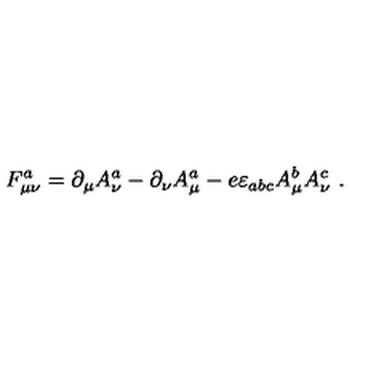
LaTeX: F _ { \mu \nu } ^ { a } = \partial _ { \mu } A _ { \nu } ^ { a } - \partial _ { \nu } A _ { \mu } ^ { a } - e \varepsilon _ { a b c } A _ { \mu } ^ { b } A _ { \nu } ^ { c } \ . \